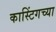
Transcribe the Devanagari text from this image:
कास्टिंगच्या